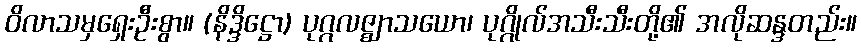
ဝိလာသမှရှေးဦးစွာ။ (နိဒ္ဒိဋ္ဌော) ပုဂ္ဂလဇ္ဈာသယော၊ ပုဂ္ဂိုလ်အသီးသီးတို့၏ အလိုဆန္ဒတည်း။